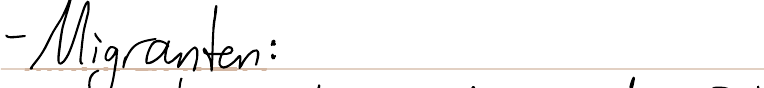
- Migranten: